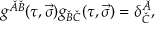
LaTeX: g ^ { \check { A } \check { B } } ( \tau , \vec { \sigma } ) g _ { \check { B } \check { C } } ( \tau , \vec { \sigma } ) = \delta _ { \check { C } } ^ { \check { A } } ,